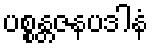
ပစ္စန္တဇနပဒါနံ